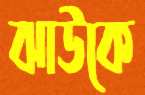
ঝাউকে